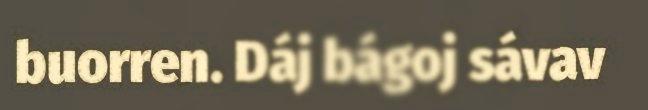
buorren. Dáj bágoj sávav